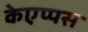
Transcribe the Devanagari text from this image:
केएप्पस